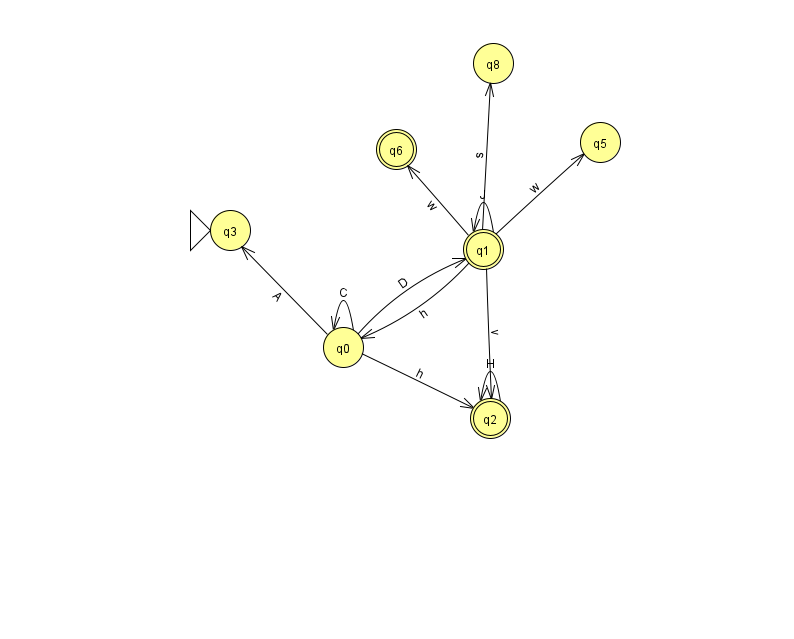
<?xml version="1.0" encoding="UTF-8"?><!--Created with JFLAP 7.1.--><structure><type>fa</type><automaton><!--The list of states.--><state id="0" name="q0"><x>343.0</x><y>334.0</y></state><state id="1" name="q1"><x>483.0</x><y>236.0</y><final/></state><state id="2" name="q2"><x>490.0</x><y>405.0</y><final/></state><state id="3" name="q3"><x>230.0</x><y>217.0</y><initial/></state><state id="5" name="q5"><x>600.0</x><y>129.0</y></state><state id="6" name="q6"><x>396.0</x><y>136.0</y><final/></state><state id="8" name="q8"><x>493.0</x><y>50.0</y></state><!--The list of transitions.--><transition><from>0</from><to>0</to><read>C</read></transition><transition><from>1</from><to>2</to><read>v</read></transition><transition><from>0</from><to>1</to><read>D</read></transition><transition><from>1</from><to>6</to><read>w</read></transition><transition><from>1</from><to>5</to><read>w</read></transition><transition><from>1</from><to>8</to><read>s</read></transition><transition><from>2</from><to>2</to><read>H</read></transition><transition><from>1</from><to>0</to><read>h</read></transition><transition><from>1</from><to>1</to><read>J</read></transition><transition><from>0</from><to>2</to><read>h</read></transition><transition><from>0</from><to>3</to><read>A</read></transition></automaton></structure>